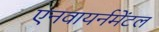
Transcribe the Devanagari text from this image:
एनवायर्नमेंटल